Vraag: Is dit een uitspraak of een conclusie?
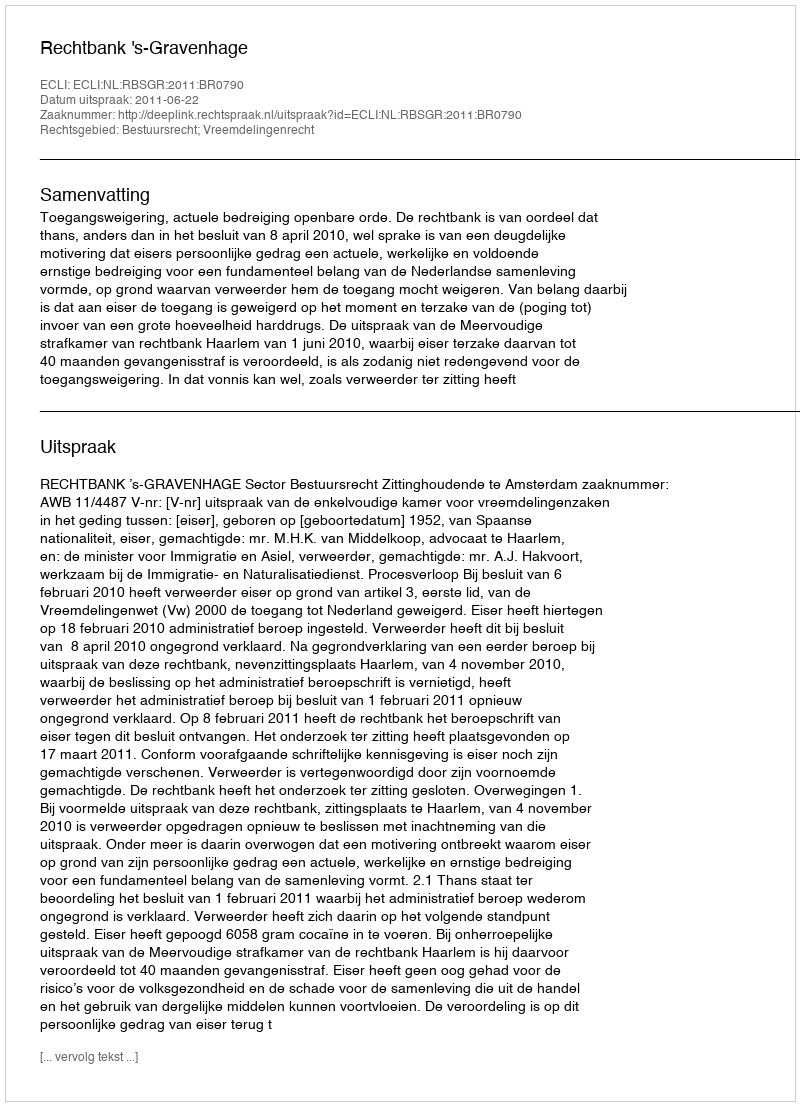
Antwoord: Uitspraak